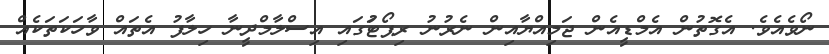
ނޯވެއެވެ. އެގޮތުން އެމްޑީއެން ޖަމިއްޔާއިން ނެރުނު ރިޕޯޓުަގައި އިސްލާމްދީނާ ހިލާފު އެތައް ވާހަކަތަކެއް